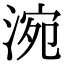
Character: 涴